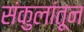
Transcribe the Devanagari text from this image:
संकुलांतून